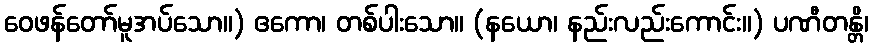
ဝေဖန်တော်မူအပ်သော။) ဧကော၊ တစ်ပါးသော။ (နယော၊ နည်းလည်းကောင်း။) ပဏီတန္တိ၊